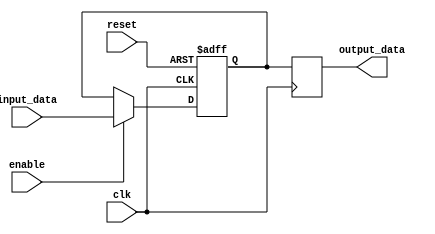
module latch_delay (
    input wire clk, // Clock input
    input wire reset, // Reset signal
    input wire enable, // Enable signal
    input wire [7:0] input_data, // Input data to be delayed
    output reg [7:0] output_data // Delayed output data
);

reg [7:0] internal_data; // Internal data signal

always @(posedge clk or posedge reset) begin
    if (reset) begin
        internal_data <= 8'b0; // Reset internal data to zero
    end else if (enable) begin
        internal_data <= input_data; // Update internal data with input data
    end
end

always @(posedge clk) begin
    output_data <= internal_data; // Output delayed data on positive edge of clock
end

endmodule